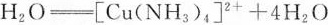
H_{2}O\xlongequal [ ] { } \left[ Cu(NH_{3})_{4}\right] ^{2+}+4H_{2}O